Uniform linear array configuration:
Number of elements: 4
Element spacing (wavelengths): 1
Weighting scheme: uniform
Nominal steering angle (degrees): -30
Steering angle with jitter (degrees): -28.204
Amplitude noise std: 0.05
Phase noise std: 0.05

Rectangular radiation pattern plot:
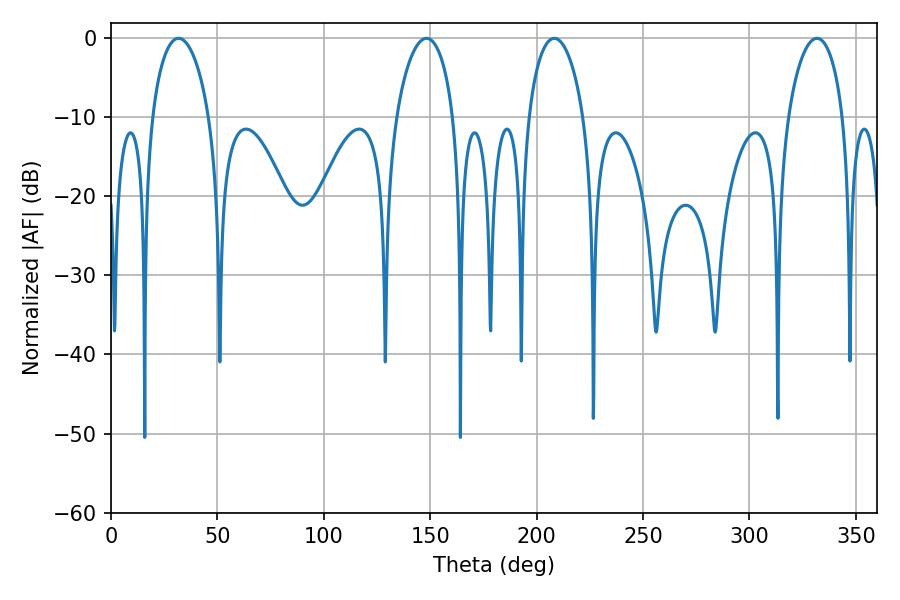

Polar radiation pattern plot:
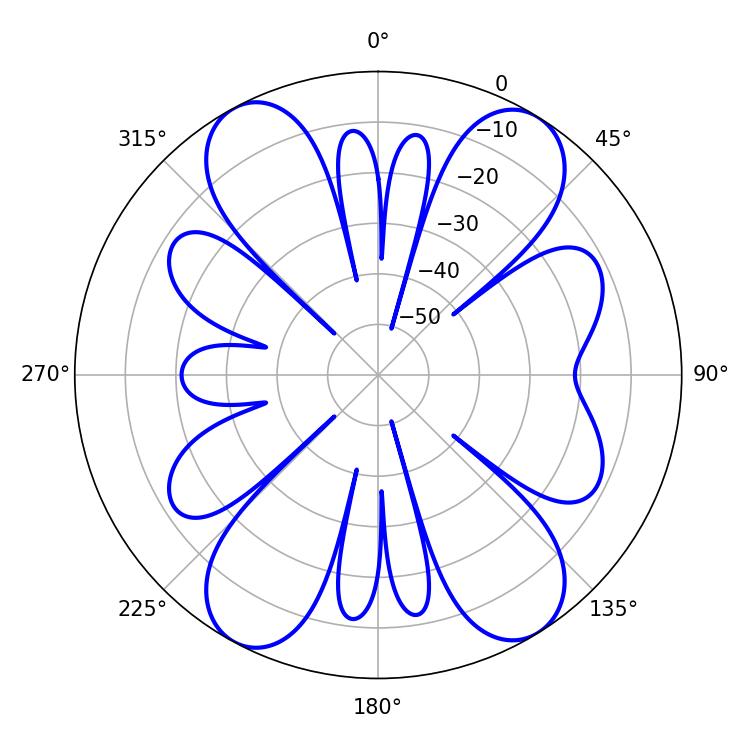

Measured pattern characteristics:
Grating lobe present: TRUE
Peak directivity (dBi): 15.665
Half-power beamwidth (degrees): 14.94
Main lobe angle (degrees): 208.26